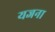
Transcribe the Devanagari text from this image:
यजना